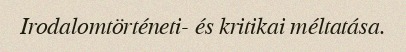
Irodalomtörténeti- és kritikai méltatása.